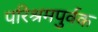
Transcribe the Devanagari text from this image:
परिश्रमपुर्वक